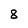
Character: 8